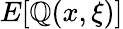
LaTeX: E[\mathbb{Q}(x,\xi)]